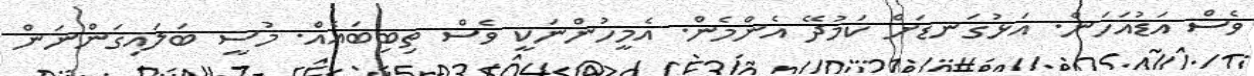
ވެސް އަޑުއަހަން. އަޅުގަނޑަށް ކަމުދޭ އެންމެން. އެމީހުންނަކީ ވެސް ތިބިބައެއް. މުސީ ބަލައިގަންނަން